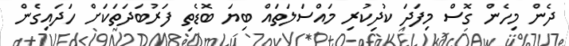
ދެން މިހެން ގޮސް މިފަދަ ކުދިކުރި މައްސަލަތައް ބިޔަ ބޮޑެތި ފަރުބަދަތަކަށް ހަދައިގެން